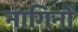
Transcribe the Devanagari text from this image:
नागिनों